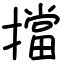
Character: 擋